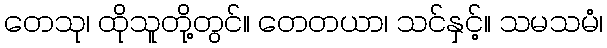
တေသု၊ ထိုသူတို့တွင်။ တေတယာ၊ သင်နှင့်။ သမသမံ၊